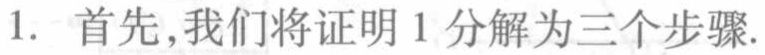
1. 首先,我们将证明 1 分解为三个步骤.